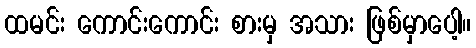
ထမင်း ကောင်းကောင်း စားမှ အသား ဖြစ်မှာပေါ့။